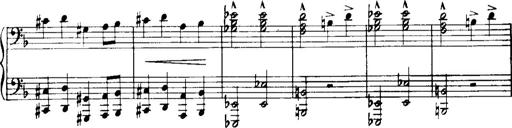
Title: Historische ungarische Bildnisse
Composer: Franz Liszt